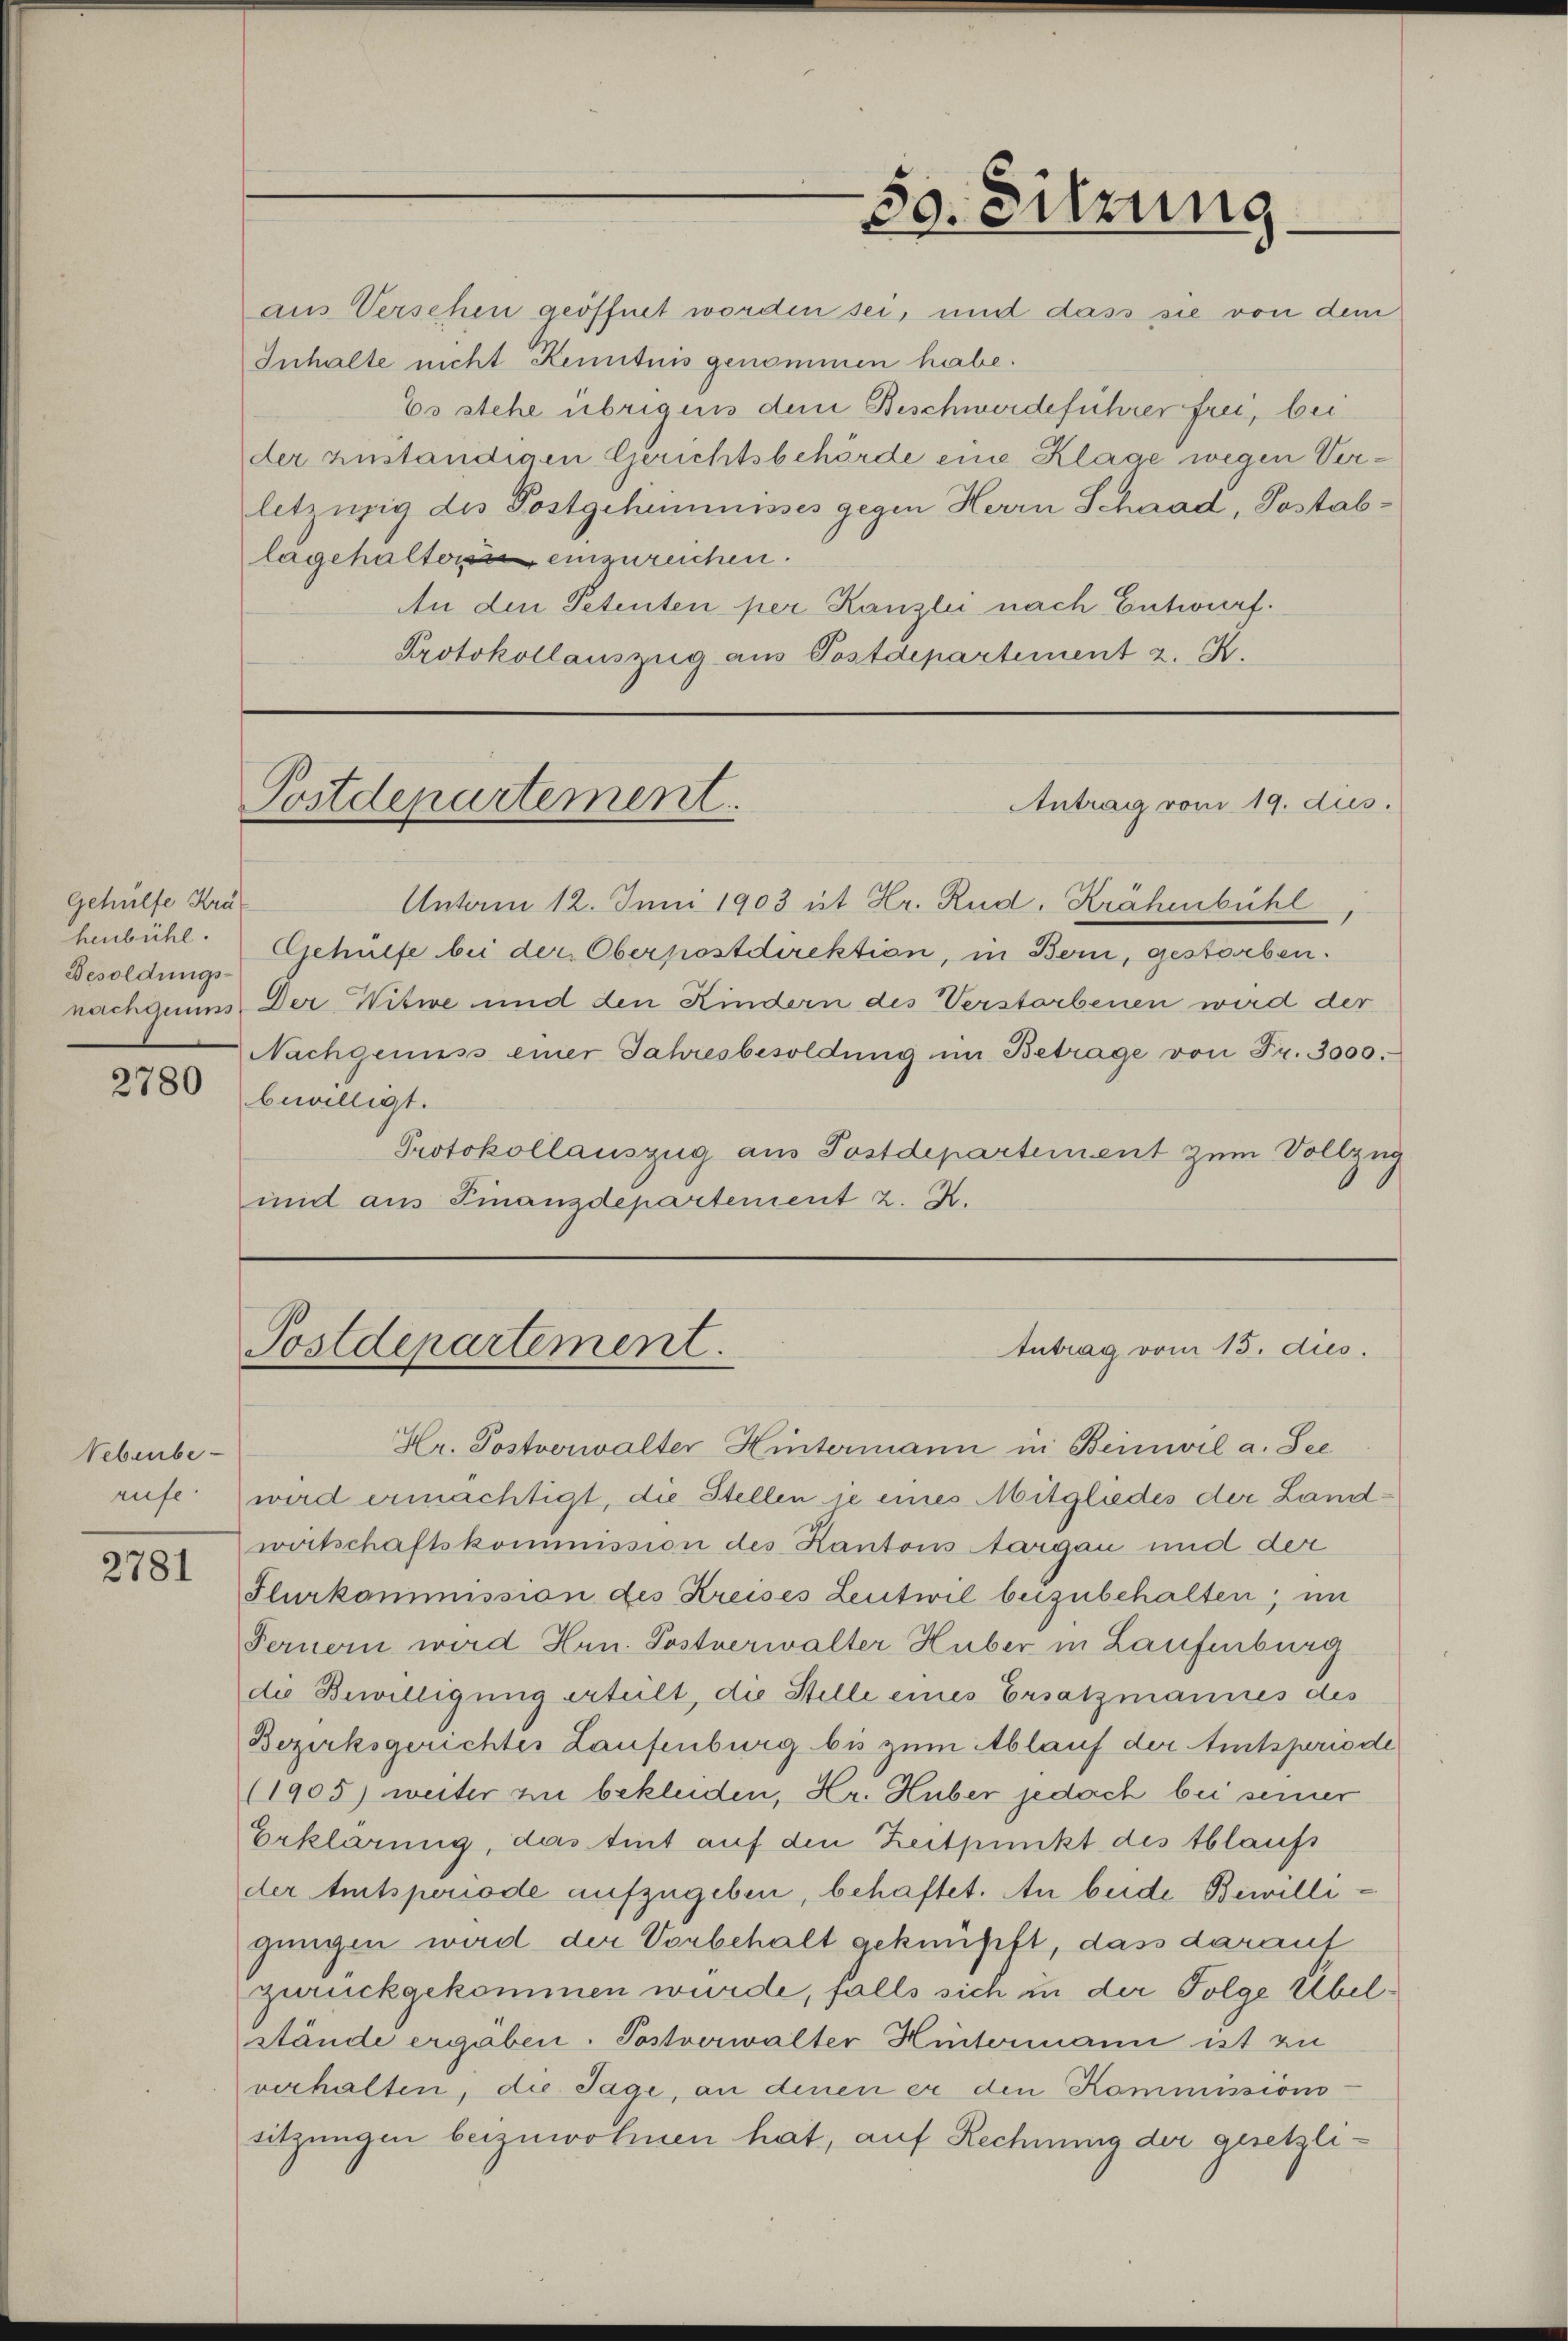
Gehülfe Krä
henbühl.
Besoldungs-

2780

Nebenbe-
rufe

2781

aus Verschen geöffnet worden sei, und dass sie von dem
Inhalte nicht Kenntnis genommen habe.
Es stehe übrigen dem Beschwerdeführer frei, bei
der zuständigen Gerichtsbehörde eine Klage wegen Verletzügig des Postgehemmnisses gegen Herrn Schaad, Postablagehalter einzureichen.
An den Petenten per Kanzlei nach Entwurf.
Protokollauszug aus Postdepartement z. K.

Postdepartement.

30. Sitzung.

Unterm 12. Juni 1903 ist Hr. Rud. Krähenbühl
Gehülfe bei der Oberkostdirektion, in Bern, gestorben.
nachgiums. Der Witwe und den Kindern des Verstorbenen wird der
Nachgenuss einer Jahresbesoldŭng im Betrage von Fr. 3000.-
bewilligt.
Protokollauszug aus Postdepartement zum Vollzug
und aus Finanzdepartement z. Z.

Antrag vom 19. dies.

Antrag vom 15. dies.
Postdepartement.

Hr. Postverwalter Hintermann in Beinwil a. See
wird ermächtigt, die Stellen je eines Mitgliedes der Landwirtschaftskommission des Kantons Aargau und der
Flurkommission des Kreises Leutwil beizubehalten; im
Fernern wird Hrn. Postverwalter Huber in Laufenburg
de Bewilligung erteilt, die Stelle eines Ersatzmannes des
Bezirksgerichtes Laufenburg bis zum Ablauf der Amtsperiode
(1905) weiter zu bekleiden, Hr. Huber jedoch bei seiner
Erklärung, das tut auf den Zeitpunkt des blaufs
der Amtsperiode aufzugeben, behaftet. An beide Bewilligungen wird der Vorbehalt geknüpft, dass darauf
zurückgekommen wurde, falls sich in der Folge Übelstände ergäben. Postverwalter Hintermann ist zu
verhalten, die Tage, an denen er den Kommissions-
sitzungen beizuwohnen hat, auf Rechnung der gesetzli¬